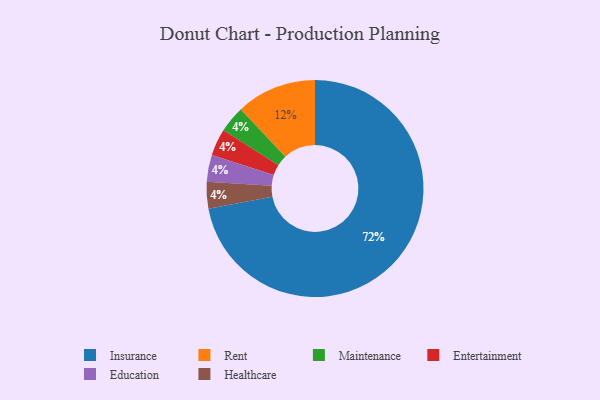
{"axis": {"x": "Category", "y": "Percentage"}, "legend": ["Education", "Entertainment", "Healthcare", "Insurance", "Maintenance", "Rent"], "data": [{"x": "Maintenance", "y": 4, "type": "Maintenance"}, {"x": "Rent", "y": 12, "type": "Rent"}, {"x": "Entertainment", "y": 4, "type": "Entertainment"}, {"x": "Insurance", "y": 72, "type": "Insurance"}, {"x": "Education", "y": 4, "type": "Education"}, {"x": "Healthcare", "y": 4, "type": "Healthcare"}]}